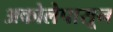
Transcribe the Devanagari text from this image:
अकोलेपासून